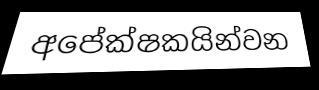
අපේක්ෂකයින්වන